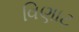
વિણાટ